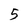
Character: 5